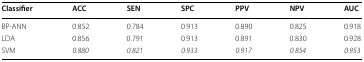
| Classifier | ACC | SEN | SPC | PPV | NPV | AUC |
 | --- | --- | --- | --- | --- | --- | --- |
 | BP-ANN | 0.852 | 0.784 | 0.913 | 0.890 | 0.825 | 0.918 |
 | LDA | 0.856 | 0.791 | 0.913 | 0.891 | 0.830 | 0.928 |
 | SVM | 0.880 | 0.821 | 0.933 | 0.917 | 0.854 | 0.953 |